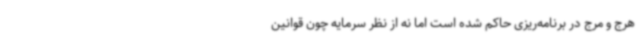
هرج و مرج در برنامه‌ریزی حاکم شده است اما نه از نظر سرمایه چون قوانین